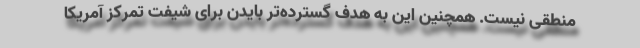
منطقی نیست. همچنین این به هدف گسترده‌تر بایدن برای شیفت تمرکز آمریکا